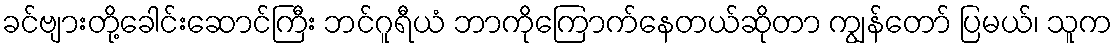
ခင်ဗျားတို့ခေါင်းဆောင်ကြီး ဘင်ဂူရီယံ ဘာကိုကြောက်နေတယ်ဆိုတာ ကျွန်တော် ပြမယ်၊ သူက